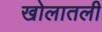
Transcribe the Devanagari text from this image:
खोलातली